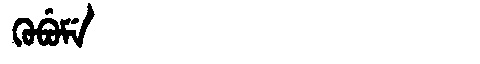
Manchu: ᡴᡠᠪᡠᠮᡝ
Romanization: KUBUME